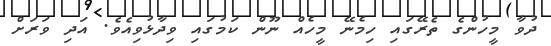
ދުވާ މީހުންގެ ތެރޭގައި ހިމެނޭ މީހެއް ނޫން ކަމުގައި ވިދާޅުވިއެވެ. އަދި ވަރަށް